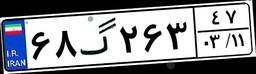
۲۱گ۸۱۰۵۳